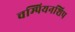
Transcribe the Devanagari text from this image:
चम्पियनशिप